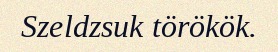
Szeldzsuk törökök.